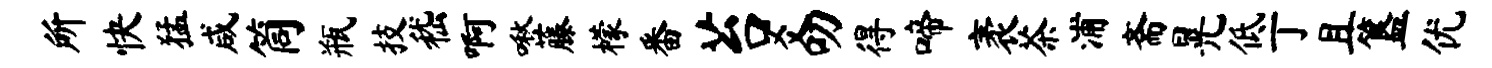
所快猛咸筒瓶技嵇啊啾藤檬番苔爻叨得啼袤茶浦斋晃低丁且簋优